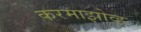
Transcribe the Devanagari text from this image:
करमाझोव्ह